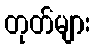
တုတ်များ